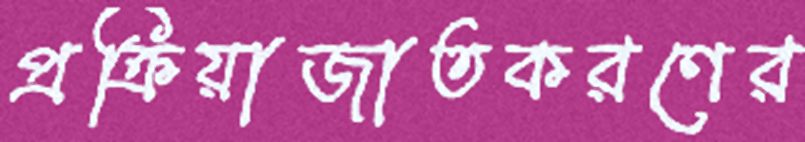
প্রক্রিয়াজাতকরণের